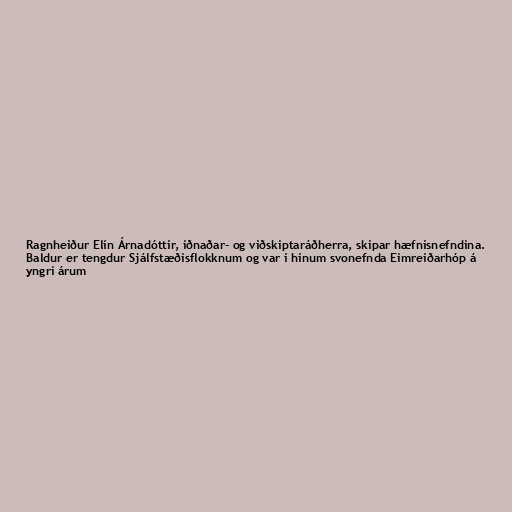
Ragnheiður Elín Árnadóttir, iðnaðar- og viðskiptaráðherra, skipar hæfnisnefndina.
Baldur er tengdur Sjálfstæðisflokknum og var í hinum svonefnda Eimreiðarhóp á
yngri árum